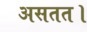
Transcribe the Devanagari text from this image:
असतत।